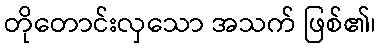
တိုတောင်းလှသော အသက် ဖြစ်၏၊